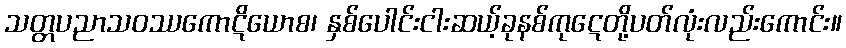
သတ္တပညာသဝဿကောဋိယောစ၊ နှစ်ပေါင်းငါးဆယ့်ခုနစ်ကုဋေတို့ပတ်လုံးလည်းကောင်း။